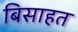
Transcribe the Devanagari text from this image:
बिसाहत